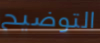
التوضيح